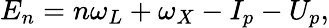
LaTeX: E_{n}=n\omega_{L}+\omega_{X}-I_{p}-U_{p},